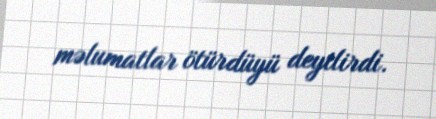
məlumatlar ötürdüyü deyilirdi.